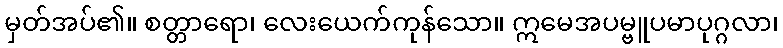
မှတ်အပ်၏။ စတ္တာရော၊ လေးယေက်ကုန်သော။ ဣမေအပမ္ဗူပမာပုဂ္ဂလာ၊